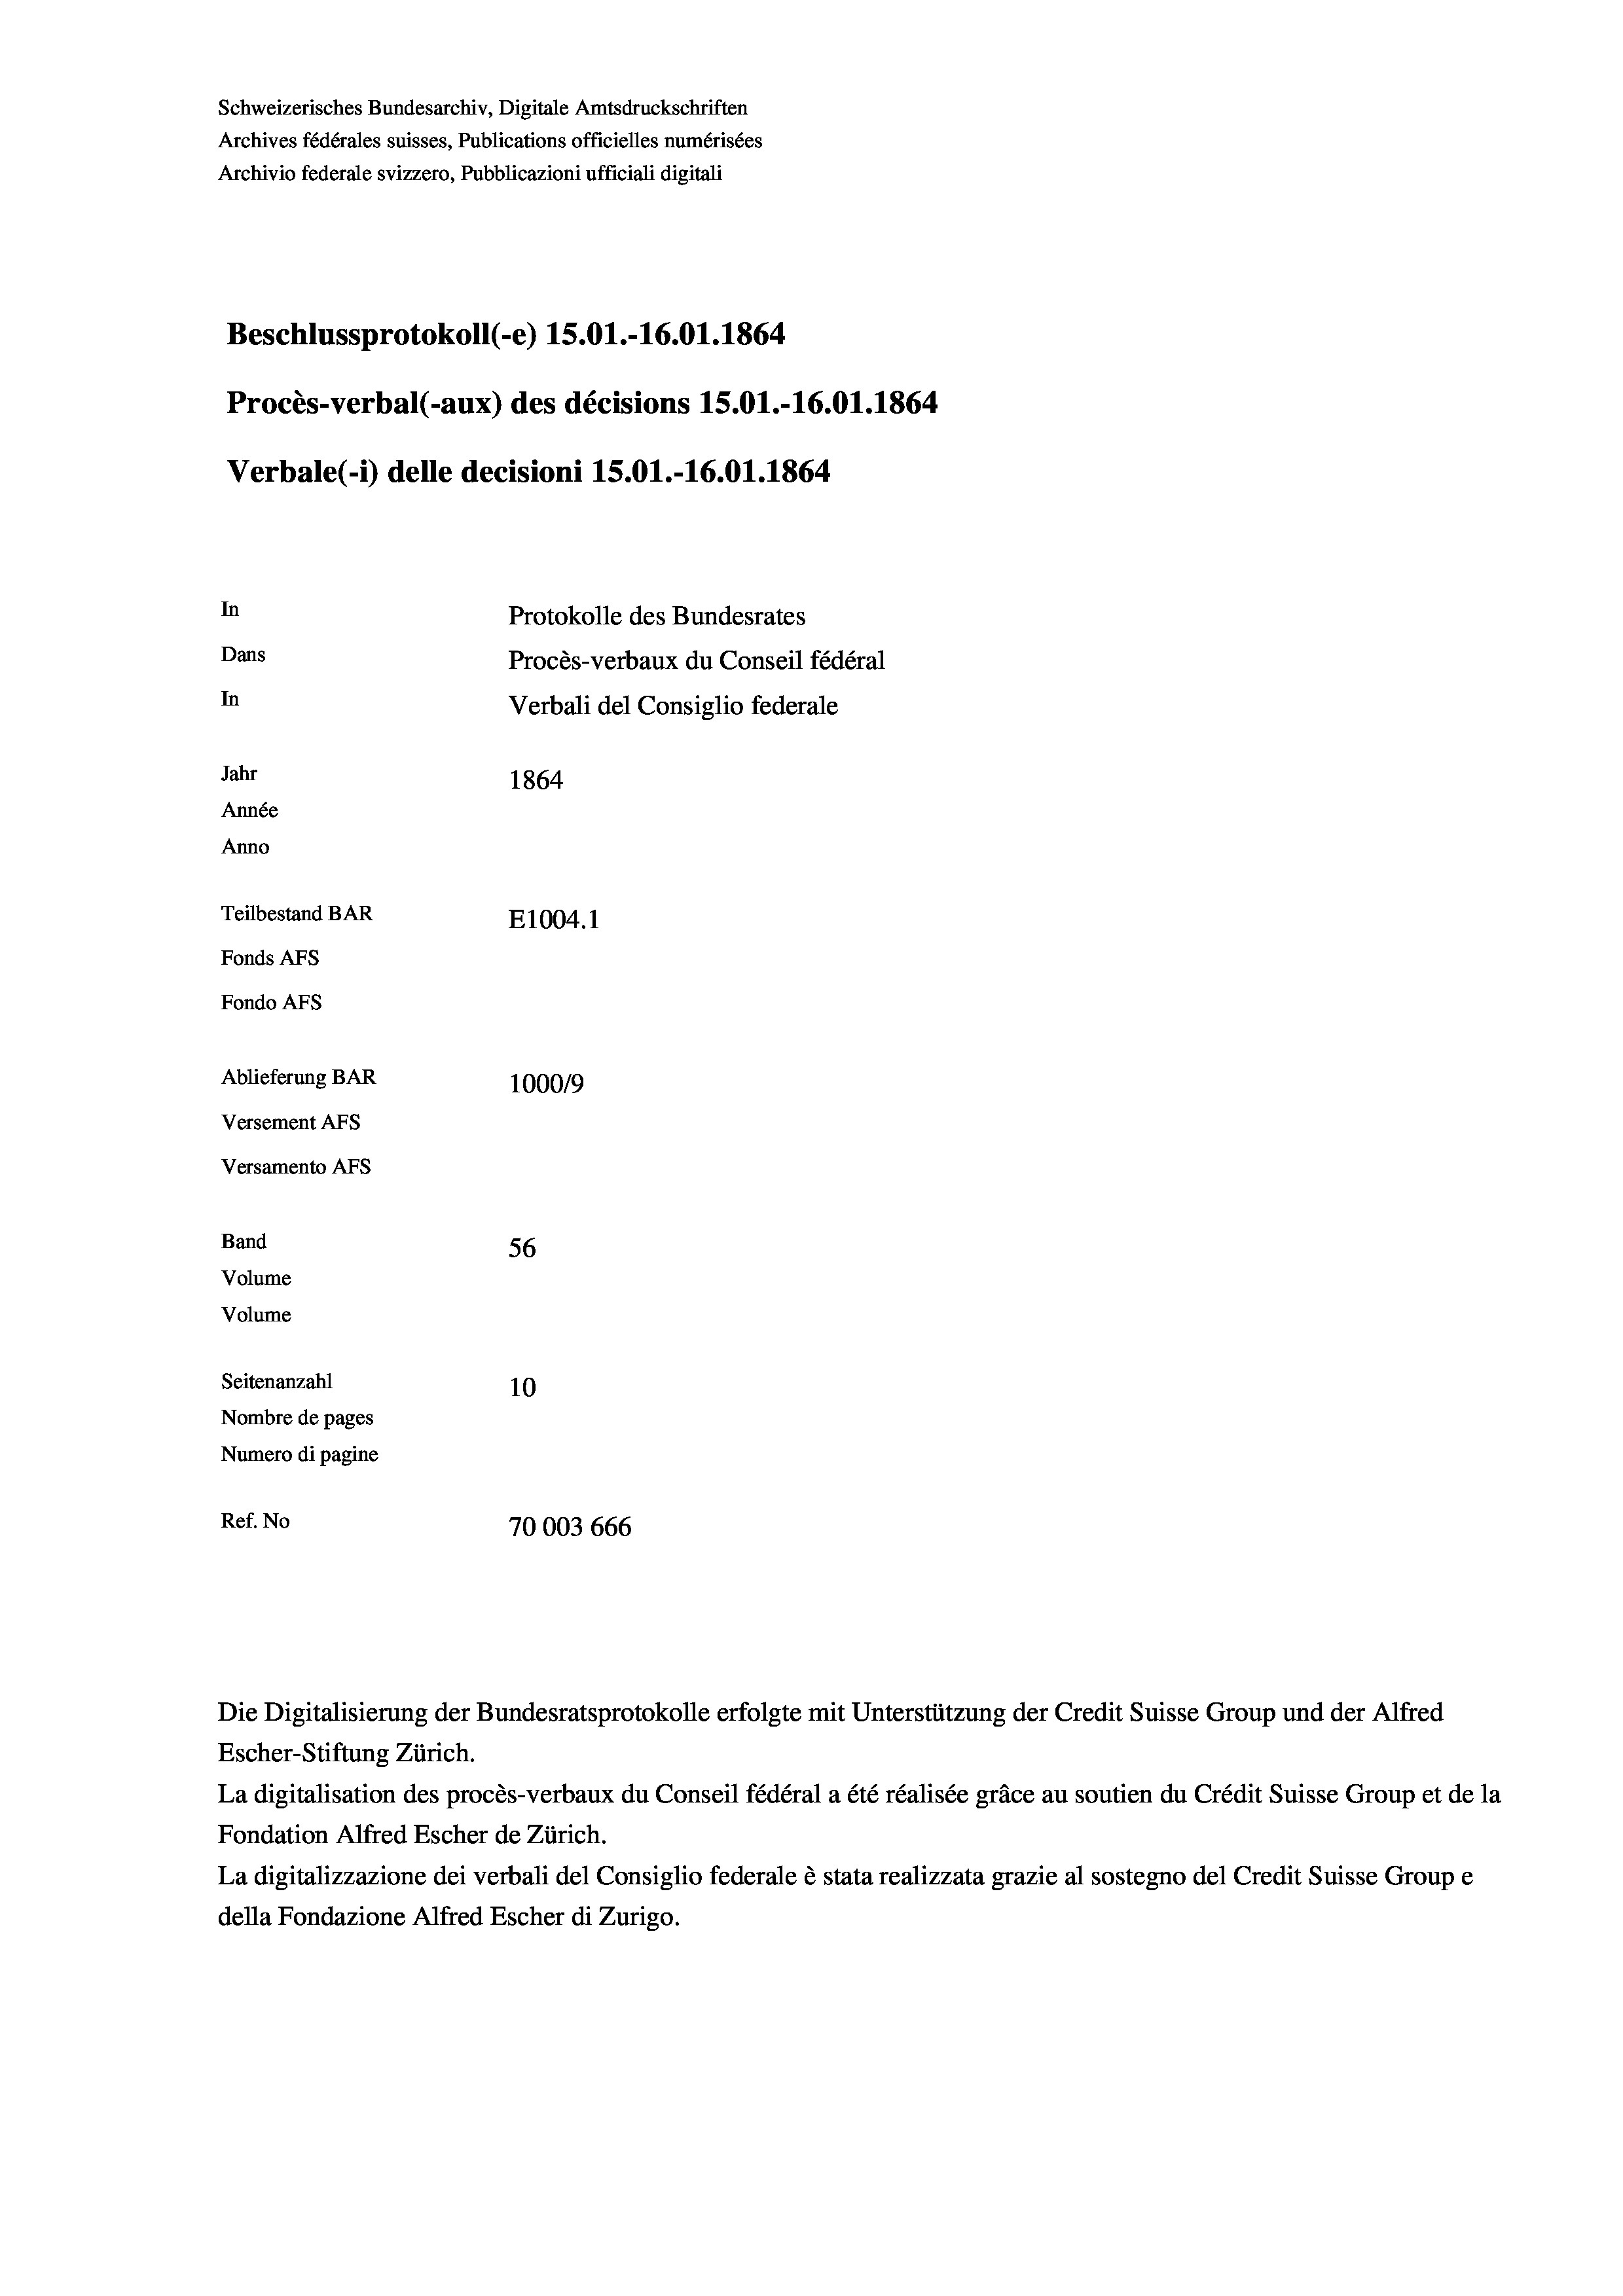
Beschlussprotokoll (-e) 15.01.-16.01. 1864
Procès-verbal (-aux) des décisions 15.01.-16.01. 1864
Verbale(-*) delle decisioni 15.01.-16.01. 1864
In
Protokolle des Bundesrates
Dans
Procès-verbaux du Conseil fédéral
In
Verbali del Consiglio federale
Jahr
1864
Année
Anno
Teilbestand BAR
E1004. 1
Fonds AFs
Fondo AFs

Ablieferung BAR
Versement AFs
Versamento Afs
Band
Volume
Volume
Seitenanzahl
Nombre de pages
Numero di pagine

Schweizerisches Bundesarchiv, Digitale Amtsdruckschriften
Archives fédérales suisses, Publications officielles numérisées
Archivio federale svizzero, Pubblicazioni ufficiali digitali

56
10
Ref. No
70003 666

100019

Escher-Stiftung Zürich.
La digitalisation des procès-verbaux du Conseil fédéral a été réalisée gräce au soutien du Crédit Suisse Group et de la
Fondation Alfred Escher de Zürich.
La digitalizzazione dei verbali del Consiglio federale è stata realizzata grazie al sostegno del Credit Suisse Groupe
della Fondazione Alfred Escher di Zurigo.

Die Digitalisierung der Bundesratsprotokolle erfolgte mit Unterstützung der Credit Suisse Group und der Alfred